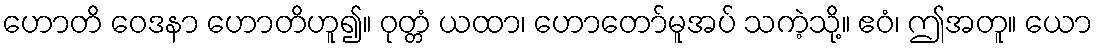
ဟောတိ ဝေဒနာ ဟောတိဟူ၍။ ဝုတ္တံ ယထာ၊ ဟောတော်မူအပ် သကဲ့သို့။ ဧဝံ၊ ဤအတူ။ ယော